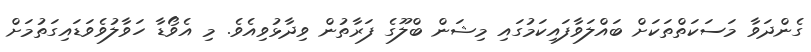
ގެންދަވާ މަސަކަތްތަކަށް ބައްލަވާފައިކަމުގައި މިޝަން ބްލޫގެ ފަރާތުން ވިދާޅުވިއެވެ. މި އެވޯޑާ ހަވާލުވެވަޑައިގަތުމަށް